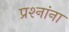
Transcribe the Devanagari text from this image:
प्रश्‍नांना